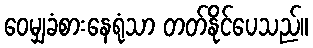
ဝေမျှခံစားနေရုံသာ တတ်နိုင်ပေသည်။